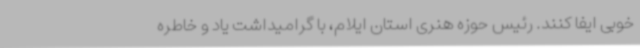
خوبی ایفا کنند. رئیس حوزه هنری استان ایلام، با گرامیداشت یاد و خاطره